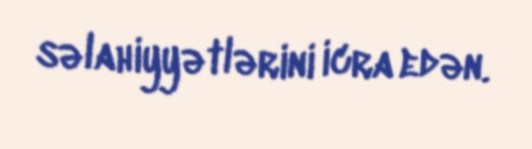
səlahiyyətlərini icra edən.